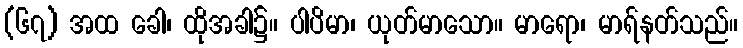
(၆၇) အထ ခေါ၊ ထိုအခါ၌။ ပါပိမာ၊ ယုတ်မာသော။ မာရော၊ မာရ်နတ်သည်။